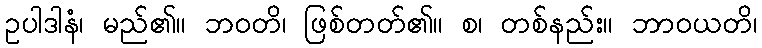
ဥပါဒါနံ၊ မည်၏။ ဘဝတိ၊ ဖြစ်တတ်၏။ စ၊ တစ်နည်း။ ဘာဝယတိ၊